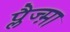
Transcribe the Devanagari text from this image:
प्लैज्म़ा